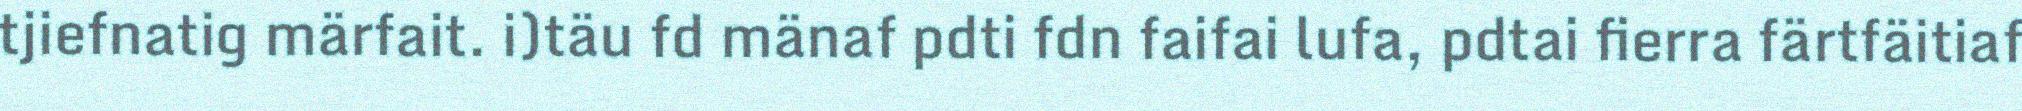
tjiefnatig märfait. i)täu fd mänaf pdti fdn faifai lufa, pdtai fierra färtfäitiaf